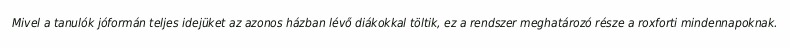
Mivel a tanulók jóformán teljes idejüket az azonos házban lévő diákokkal töltik, ez a rendszer meghatározó része a roxforti mindennapoknak.